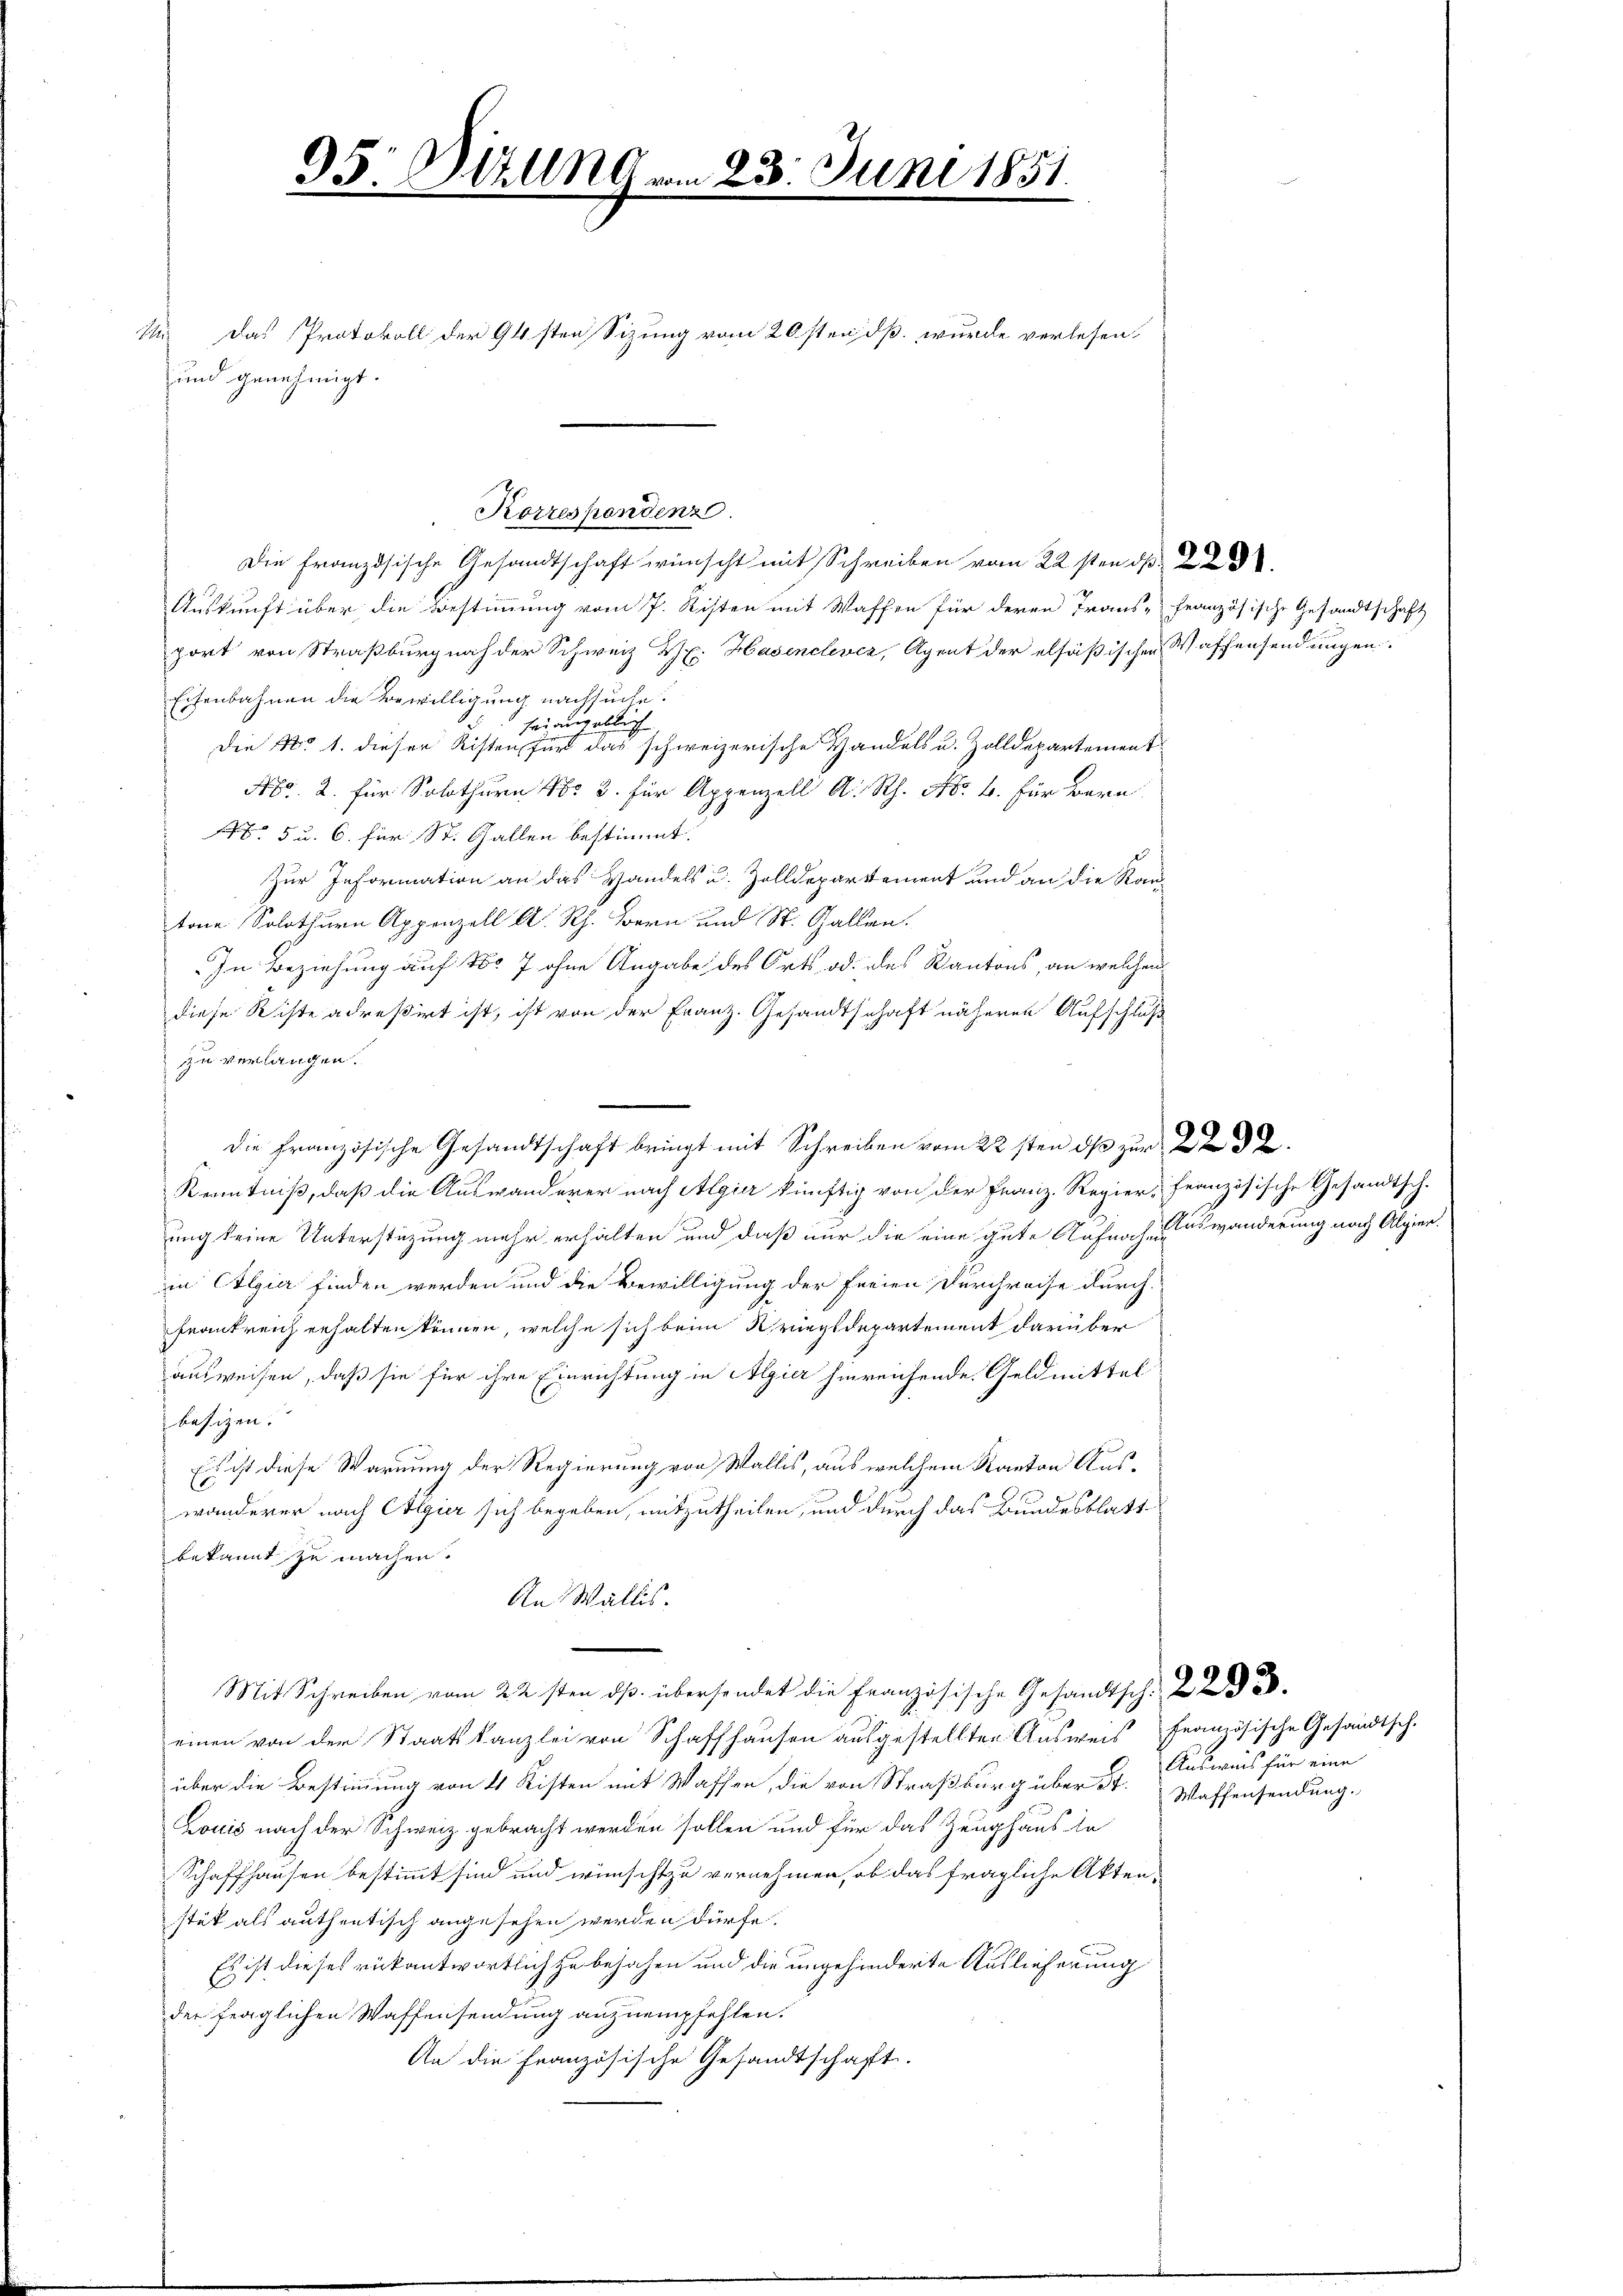
95: Malg vom 23. Juni 1851

Auskunft über die Bestimmung vom 7. Risten mit Waffen für deren Trans-Französische Gesandtschaft
port von Straßburg nach der Schweiz Zl. Hasenclvez, Agent der elsäßischen Waffensendungen.
Eisenbahnen die Bewilligung nachsuche.
heiangeblich
Die No. 1. dieser Risten für das schweizerische Handels u. Zolldepartement
No. 2. für Solothurn N. 3. für Appenzell A. Rh. Nr. 4. Für Bern
Nr. 5 u. 6. für St. Gallen bestimmt.
Zur Information an das Handels u. Zolldepartement und an die Kan-
tone Solothurn Appenzell A. Rh. Bern und St. Gallen.
In Beziehung auf 180 7 ohne Angabe des Orts od. des Kantons, an welchen
diese Riste adreßirt ist, ist von der Franz. Gesandtschaft näheren Aufschluß
zu verlangen.
—
die Französische Gesandtschaft bringt mit Schreiben vom 22sten ds zur 232
Kenntniß, daß die Auswanderer nach Algier künftig von der Franz-Regier-Französische Gesandtsch.
ung keine Unterstüzung mehr erhalten und daß nur die eine gute Aufnach Auswanderung nach Algien.
n Eolgier finden werden und die Bewilligung der freien Durchreise durch
Frankreich erhalten können, welche sich beim Kriegsdepartement darüber
ausweisen, daß sie für ihre Einrichtung in Algier hinreichende Geldmittel
besizen.
Es ist diese Warnung der Regierung von Wallis, aus welchem Kanton Auswanderer nach Algier sich begeben, mitzutheilen, und durch das Bundesblattbekannt zu machen.
An Wallis.
Mit Schreiben vom 22sten ds. übersendet die Französische Gesandtsch. 2
einen von der Staatskanzlei von Schaffhausen ausgestellten Ausweis französische Gesandtsch.
über die Bestimmung von 4 Kisten mit Waffen, die von Straßburg über St. Waffensendung.
Louis nach der Schweiz gebracht werden sollen und für das Zeughaus de
Schaffhausen bestimmt sind und wünscht zu vernehmen, ob das fragliche Aktenstät als authentisch angesehen werden dürfe.
Es ist dieses rükantwortlich zu bejahen und die ungehinderte Auslieferung
der fraglichen Waffensendung anzuempfehlen.
An die Französische Gesandtschaft.

I. Das Protokoll der 94sten Sizung vom 20sten, dß wurde verlesen,
und genehmigt.

Korrespondenz
Die Französische Gesandtschaft wünscht mit Schreiben vom 22sten d

Ausweis für eine